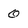
Character: 0